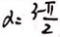
\alpha = \frac { 3 - \pi } { 2 }